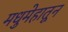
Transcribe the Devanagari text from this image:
मधुमेहातून